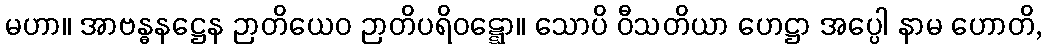
မဟာ။ အာဗန္ဓနဋ္ဌေန ဉာတိယေဝ ဉာတိပရိဝဋ္ဋော။ သောပိ ဝီသတိယာ ဟေဋ္ဌာ အပ္ပေါ နာမ ဟောတိ,